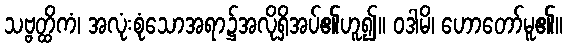
သဗ္ဗတ္ထိကံ၊ အလုံးစုံသောအရာ၌အလိုရှိအပ်၏ဟူ၍။ ဝဒါမိ၊ ဟောတော်မူ၏။